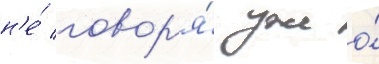
н'е́ говор'я́ уже о́